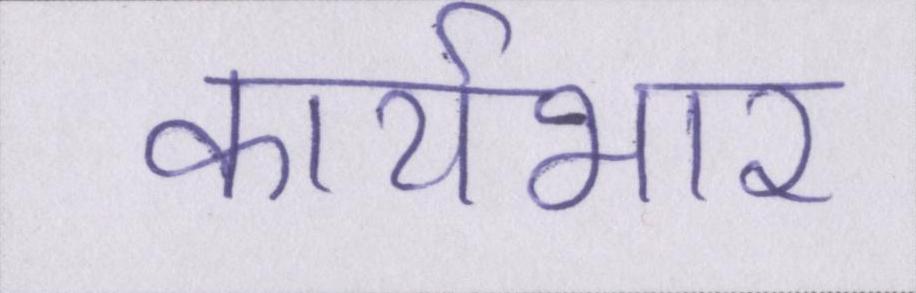
कार्यभार